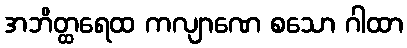
အဘိတ္ထရေထ ကလျာဏေ စသော ဂါထာ